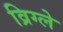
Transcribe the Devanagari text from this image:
व्रिग्ले